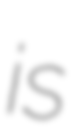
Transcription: is